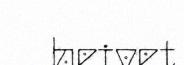
heivet